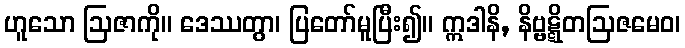
ဟူသော ဩဇာကို။ ဒေဿတွာ၊ ပြတော်မူပြီး၍။ ဣဒါနိ, နိဗ္ဗဋ္ဋိတဩဇမေဝ၊